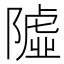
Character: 𨼋